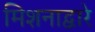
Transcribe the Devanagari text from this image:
मिशनाद्वारे